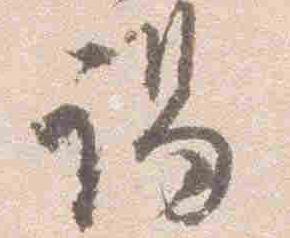
謁